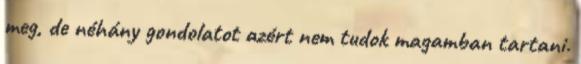
meg, de néhány gondolatot azért nem tudok magamban tartani.